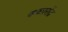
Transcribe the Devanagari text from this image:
ककारोंद्र